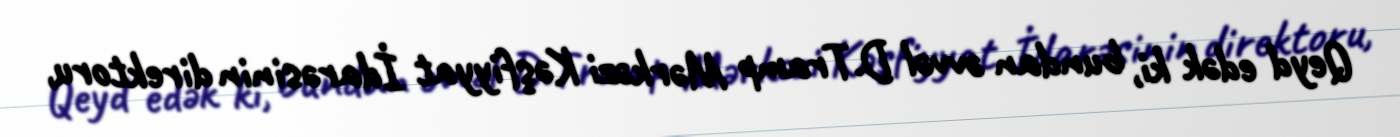
Qeyd edək ki, bundan əvvəl D.Tramp Mərkəzi Kəşfiyyat İdarəsinin direktoru,